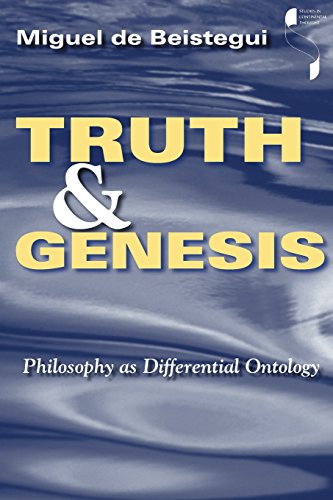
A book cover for Truth and Genesis: Philosophy as Differential Ontology (Studies in Continental Thought); Miguel de de Beistegui; Politics & Social Sciences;